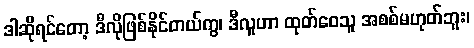
ဒါဆိုရင်တော့ ဒီလိုဖြစ်နိုင်တယ်ကွ၊ ဒီလူဟာ ထုတ်ဝေသူ အစစ်မဟုတ်ဘူး၊